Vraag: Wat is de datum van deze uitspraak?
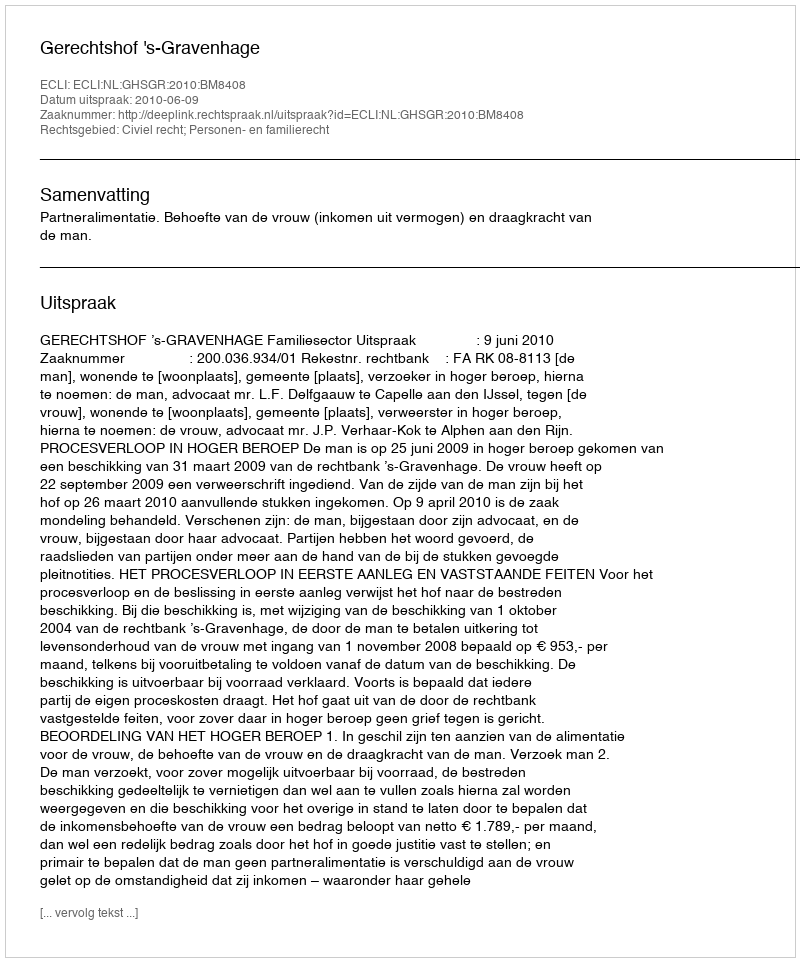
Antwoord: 2010-06-09